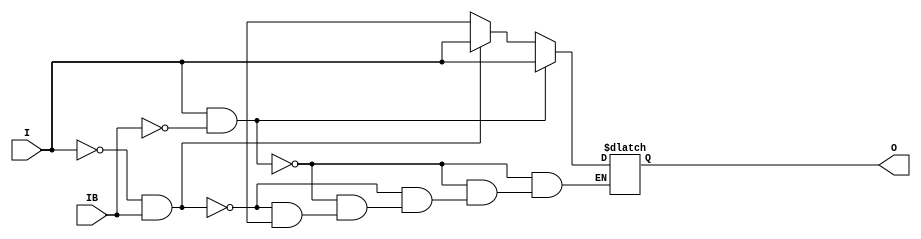
module IBUFDS (O, I, IB);

    parameter CAPACITANCE = "DONT_CARE";
    parameter DIFF_TERM = "FALSE";
    parameter IBUF_DELAY_VALUE = "0";
    parameter IBUF_LOW_PWR = "TRUE";
    parameter IFD_DELAY_VALUE = "AUTO";
    parameter IOSTANDARD = "DEFAULT";
   
    output O;
    input  I, IB;

    reg o_out;

    buf b_0 (O, o_out);

    initial begin
	
        case (CAPACITANCE)

            "LOW", "NORMAL", "DONT_CARE" : ;
            default : begin
                          $display("Attribute Syntax Error : The attribute CAPACITANCE on IBUFDS instance %m is set to %s.  Legal values for this attribute are DONT_CARE, LOW or NORMAL.", CAPACITANCE);
                          $finish;
                      end

        endcase

	case (DIFF_TERM)

            "TRUE", "FALSE" : ;
            default : begin
                          $display("Attribute Syntax Error : The attribute DIFF_TERM on IBUFDS instance %m is set to %s.  Legal values for this attribute are TRUE or FALSE.", DIFF_TERM);
                          $finish;
                      end

	endcase // case(DIFF_TERM)


	case (IBUF_DELAY_VALUE)

            "0", "1", "2", "3", "4", "5", "6", "7", "8", "9", "10", "11", "12", "13", "14", "15", "16" : ;
            default : begin
                          $display("Attribute Syntax Error : The attribute IBUF_DELAY_VALUE on IBUFDS instance %m is set to %s.  Legal values for this attribute are 0, 1, 2, ... or 16.", IBUF_DELAY_VALUE);
                          $finish;
                      end

        endcase

        case (IBUF_LOW_PWR)

            "FALSE", "TRUE" : ;
            default : begin
                          $display("Attribute Syntax Error : The attribute IBUF_LOW_PWR on IBUF instance %m is set to %s.  Legal values for this attribute are TRUE or FALSE.", IBUF_LOW_PWR);
                          $finish;
                      end

        endcase

	case (IFD_DELAY_VALUE)

            "AUTO", "0", "1", "2", "3", "4", "5", "6", "7", "8" : ;
            default : begin
                          $display("Attribute Syntax Error : The attribute IFD_DELAY_VALUE on IBUFDS instance %m is set to %s.  Legal values for this attribute are AUTO, 0, 1, 2, ... or 8.", IFD_DELAY_VALUE);
                          $finish;
                      end

	endcase

    end

    always @(I or IB) 
	if (I == 1'b1 && IB == 1'b0)
	    o_out = I;
	else if (I == 1'b0 && IB == 1'b1)
	    o_out = I;
        else if (I == 1'bx || I == 1'bz || IB == 1'bx || IB == 1'bz)
            o_out = 1'bx;
    

endmodule